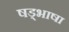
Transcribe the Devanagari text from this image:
षड्भाषा